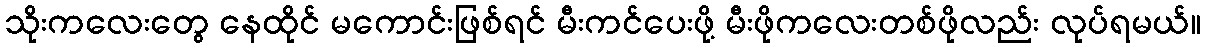
သိုးကလေးတွေ နေထိုင် မကောင်းဖြစ်ရင် မီးကင်ပေးဖို့ မီးဖိုကလေးတစ်ဖိုလည်း လုပ်ရမယ်။